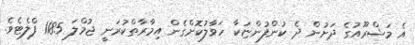
އެ މަޝްރޫއުގެ ދަށުން ދެ ކުންފުންޏަކާ ހަވާލުކޮށްގެން އިމާރާތްކުރަނީ ޖުމްލަ 1185 ފްލެޓެެވެ.